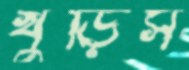
খুঁড়িস